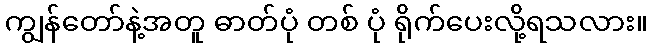
ကျွန်တော်နဲ့အတူ ဓာတ်ပုံ တစ် ပုံ ရိုက်ပေးလို့ရသလား။